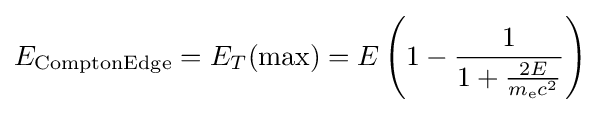
E_{\text{ComptonEdge}}=E_{T}({\text{max}})=E\left(1-{\frac {1}{1+{\frac {2E}{m_{\text{e}}c^{2}}}}}\right)